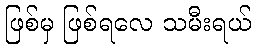
ဖြစ်မှ ဖြစ်ရလေ သမီးရယ်